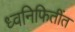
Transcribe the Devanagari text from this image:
ध्वनिफितींत